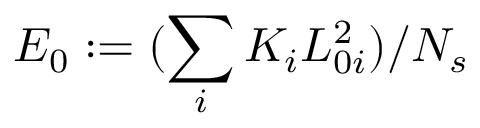
E _ { 0 } : = ( \sum _ { i } { K _ { i } L _ { 0 i } ^ { 2 } } ) / N _ { s }